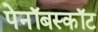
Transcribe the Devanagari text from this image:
पेनॉबस्कॉट